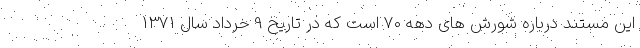
این مستند درباره شورش های دهه 70 است که در تاریخ 9 خرداد سال 1371